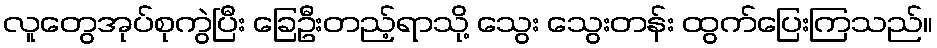
လူတွေအုပ်စုကွဲပြီး ခြေဦးတည့်ရာသို့ သွေး သွေးတန်း ထွက်ပြေးကြသည်။